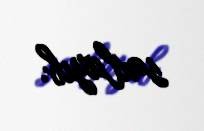
saxlayıb.